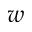
w